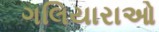
ગલિયારાઓ